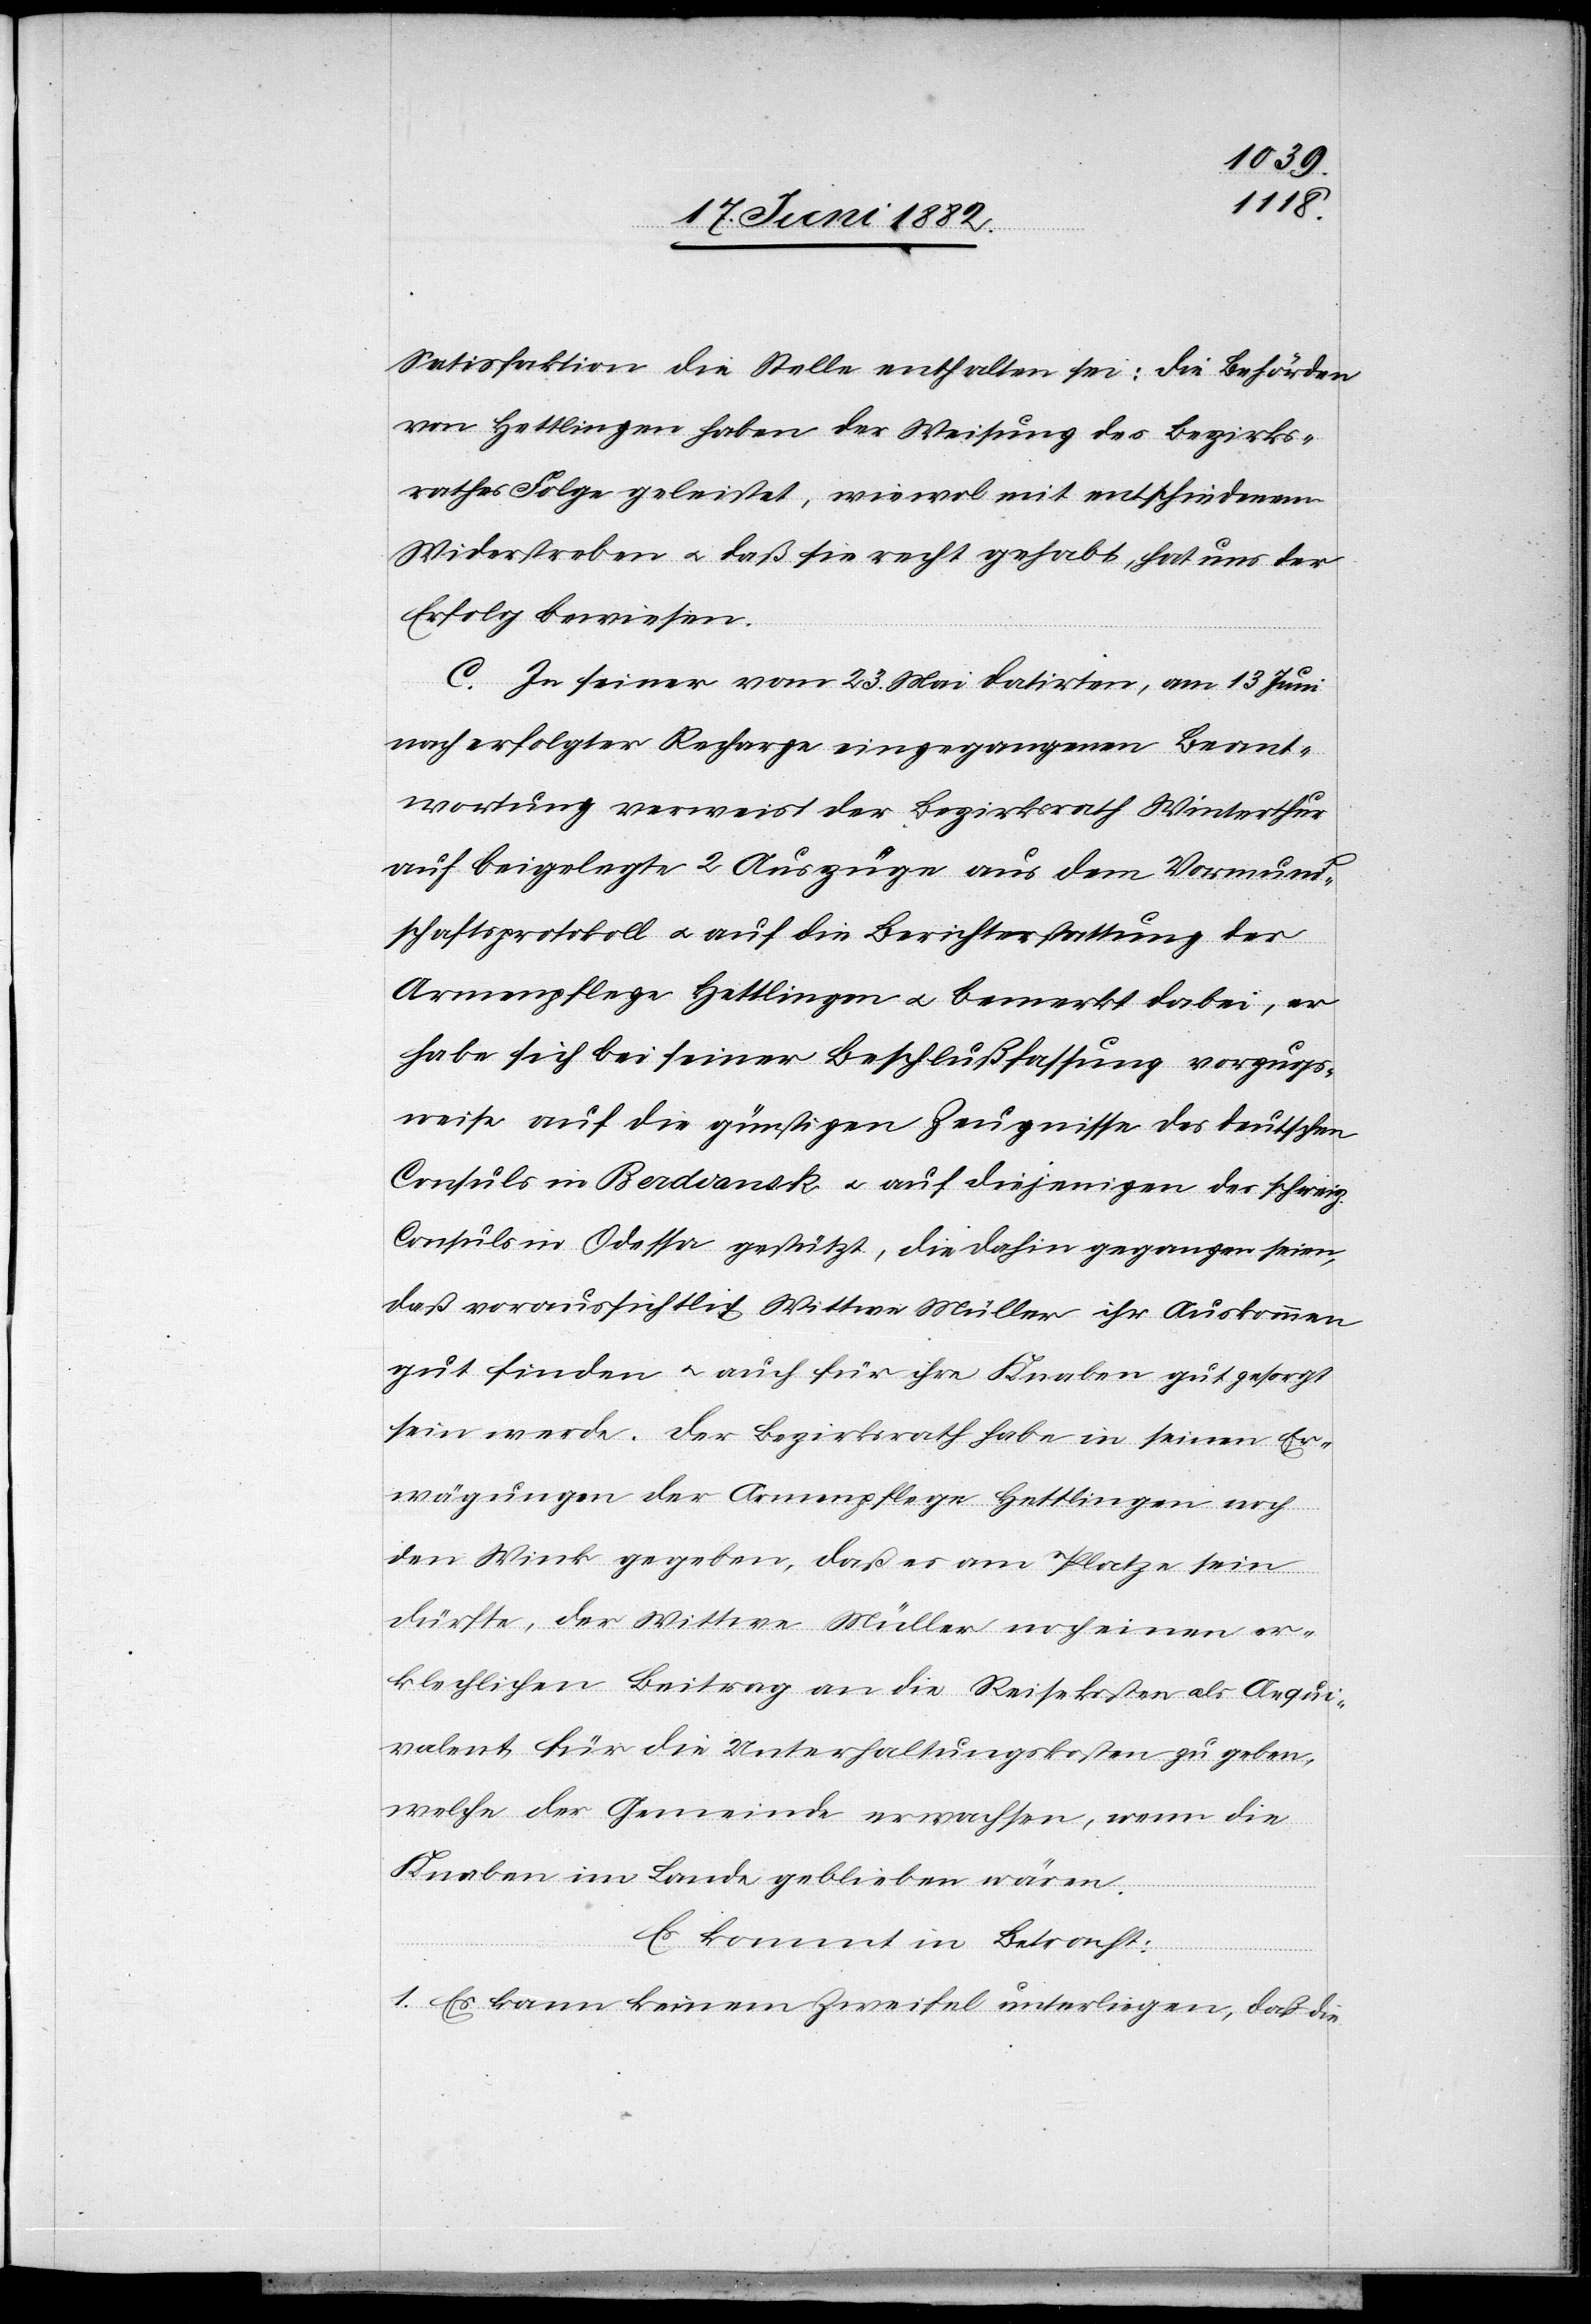
Satisfaktion die Stelle enthalten sei: Die Behörden
von Hettlingen haben der Weisung des Bezirks¬
rathes Folge geleistet, wiewol mit entschiedenem
Widerstreben u. daß sie recht gehabt, hat uns der
Erfolg bewiesen.
C. In seiner vom 23. Mai datirten, am 13. Juni
nach erfolgter Recharge eingegangenen Beant¬
wortung verweist der Bezirksrath Winterthur
auf beigelegte 2 Auszüge aus dem Vormund¬
schaftsprotokoll u. auf die Berichterstattung der
Armenpflege Hettlingen u. bemerkt dabei, er
habe sich bei seiner Beschlußfassung vorzugs¬
weise auf die günstigen Zeugnisse des deutschen
Consuls in Berdiansk u. auf diejenigen des schweiz.
Consuls in Odessa gestützt, die dahin gegangen seien,
daß voraussichtlich Wittwe Müller ihr Auskommen
gut finden u. auch für ihre Knaben gut gesorgt
sein werde. Der Bezirksrath habe in seinen Er¬
wägungen der Armenpflege Hettlingen noch
den Wink gegeben, daß es am Platze sein
dürfte, der Wittwe Müller noch einen er¬
klechlichen [sic!] Beitrag an die Reisekosten als Aequi¬
valent für die Unterhaltungskosten zu geben,
welche der Gemeinde erwachsen, wenn die
Knaben im Lande geblieben wären.
Es kommt in Betracht:
1. Es kann keinem Zweifel unterliegen, daß die